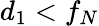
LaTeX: d_{1}<f_{N}